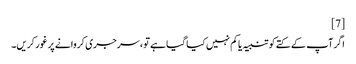
[7]
اگر آپ کے کتے کو تنبیہ یا کم نہیں کیا گیا ہے تو ، سرجری کروانے پر غور کریں۔